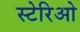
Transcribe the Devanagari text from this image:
स्टेरिओ